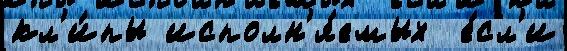
кл'и́пы исполн'я́емых  е́сл'и